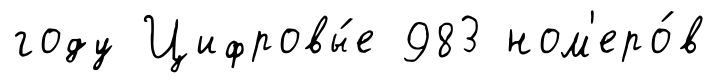
году Цифровы́е 983 ном'еро́в